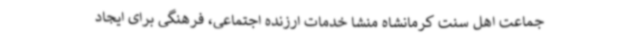
جماعت اهل سنت کرمانشاه منشا خدمات ارزنده اجتماعی، فرهنگی برای ایجاد